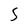
Character: 5